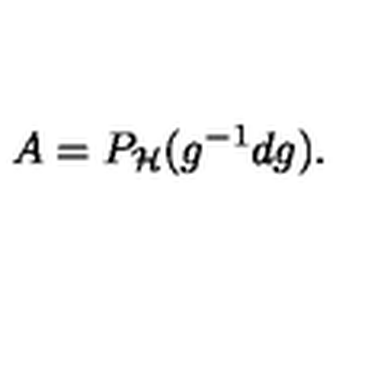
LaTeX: A = P _ { \cal H } ( g ^ { - 1 } d g ) .